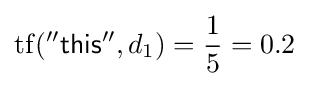
\mathrm {tf} ({\mathsf {''this''}},d_{1})={\frac {1}{5}}=0.2